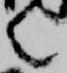
言